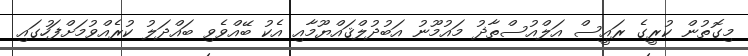
މިގޮތުން ކުރީގެ ރައީސް އަލްއުސްތާޛު މައުމޫނު އަބުދުލްޤައްޔޫމާއި އެކު ބޭއްވެވި ބައްދަލު ކުރެއްވުމަށްފަހުގައި